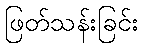
ဖြတ်သန်းခြင်း